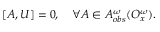
[ A , { \cal U } ] = 0 , ~ ~ ~ \forall A \in { \cal A } _ { o b s } ^ { \omega } ( { \cal O } _ { x } ^ { \omega } ) .